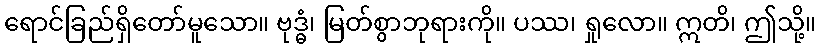
ရောင်ခြည်ရှိတော်မူသော။ ဗုဒ္ဓံ၊ မြတ်စွာဘုရားကို။ ပဿ၊ ရှုလော။ ဣတိ၊ ဤသို့။